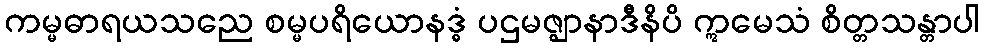
ကမ္မဓာရယသညေ စမ္မပရိယောနဒ္ဓံ ပဌမဇ္ဈာနာဒီနိပိ ဣမေသံ စိတ္တသန္တာပါ